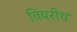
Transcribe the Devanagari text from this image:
विपरीथ